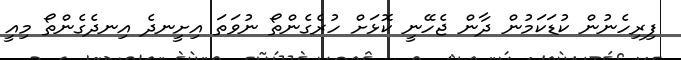
ފިރިހެނުން ކުޑަކަމުން ދާން ޖެހޭނީ ކޮޅަށް ހުރެެގެންތޯ ނުވަތަ އިށީނދެ އިނދެގެންތޯ މިއީ